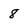
Character: 8